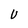
Character: U